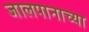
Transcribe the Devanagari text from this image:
जालपानाच्या